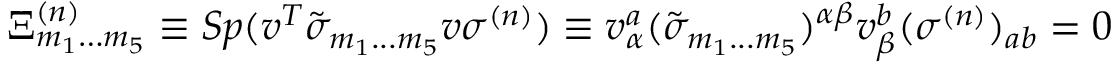
\Xi _ { { m } _ { { 1 } } \ldots { m } _ { { 5 } } } ^ { { ( n ) } } \equiv S p ( v ^ { { T } } \tilde { \sigma } _ { { m } _ { { 1 } } { \bf . . . } { m } _ { { 5 } } } v \sigma ^ { { ( n ) } } ) \equiv v _ { \alpha } ^ { { a } } ( \tilde { \sigma } _ { { m } _ { { 1 } } { \bf . . . } { m } _ { { 5 } } } ) ^ { \alpha \beta } v _ { \beta } ^ { { b } } ( \sigma ^ { { ( n ) } } ) _ { { a b } } = 0